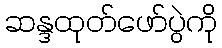
ဆန္ဒထုတ်ဖော်ပွဲကို